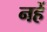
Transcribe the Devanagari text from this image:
नहें